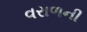
વરાળની